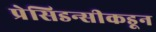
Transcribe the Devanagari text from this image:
प्रेसिडन्सीकडून